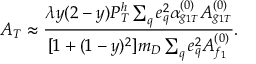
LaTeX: { \cal A } _ { T } \approx \frac { \lambda y ( 2 - y ) P _ { T } ^ { h } \sum _ { q } e _ { q } ^ { 2 } \alpha _ { g _ { 1 T } } ^ { ( 0 ) } A _ { g _ { 1 T } } ^ { ( 0 ) } } { [ 1 + ( 1 - y ) ^ { 2 } ] m _ { D } \sum _ { q } e _ { q } ^ { 2 } A _ { f _ { 1 } } ^ { ( 0 ) } } .